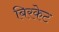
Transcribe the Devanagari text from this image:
बिरकेट